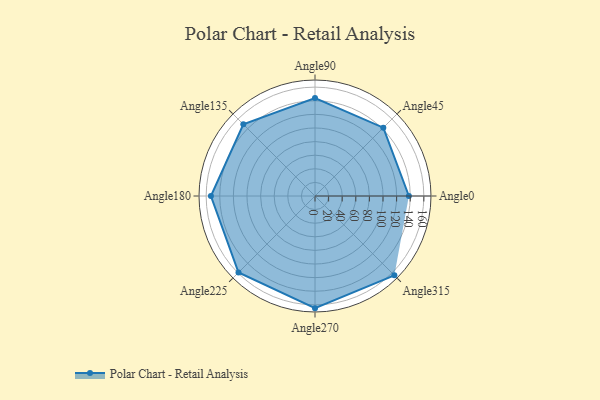
{"axis": {"x": "Angle", "y": "Radius"}, "legend": [""], "data": [{"x": "Angle0", "y": 138.0, "type": ""}, {"x": "Angle45", "y": 142.0, "type": ""}, {"x": "Angle90", "y": 144.0, "type": ""}, {"x": "Angle135", "y": 149.0, "type": ""}, {"x": "Angle180", "y": 153.0, "type": ""}, {"x": "Angle225", "y": 159.0, "type": ""}, {"x": "Angle270", "y": 165.0, "type": ""}, {"x": "Angle315", "y": 165.0, "type": ""}]}